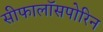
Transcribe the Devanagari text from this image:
सीफालॉसपोरिन